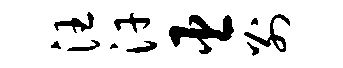
汪汗臣别